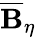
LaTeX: \overline{{\mathbf{B}}}_{\eta}